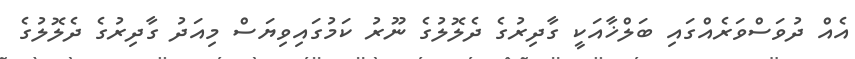
އެއް ދުވަސްވަރެއްގައި ބަލްޚާއަކީ ގާދިރުގެ ދެލޮލުގެ ނޫރު ކަމުގައިވިޔަސް މިއަދު ގާދިރުގެ ދެލޮލުގެ